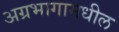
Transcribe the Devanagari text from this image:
अग्रभागामधील